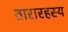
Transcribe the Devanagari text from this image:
तारारहस्य